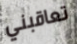
تعاقبني